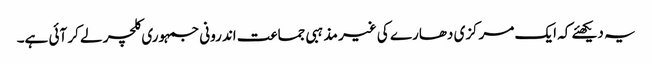
یہ دیکھئے کہ ایک مرکزی دھارے کی غیر مذہبی جماعت اندرونی جمہوری کلچر لے کر آئی ہے۔